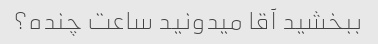
ببخشید آقا میدونید ساعت چنده؟